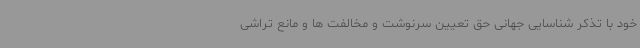
خود با تذکر شناسایی جهانی حق تعیین سرنوشت و مخالفت ها و مانع تراشی